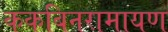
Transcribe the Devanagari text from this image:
ककबिनरामायण